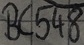
Text: BC548